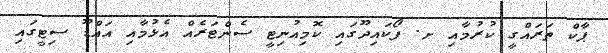
ޕާކް ތަރައްގީ ކުރުމާއި ށ. ފޯކައިދޫގައި ކޮމިއުނިޓީ ސެންޓަރެއް އެޅުމާއި އައްޑޫ ސިޓީގައި